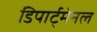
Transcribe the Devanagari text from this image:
डिपार्ट्मेनल